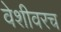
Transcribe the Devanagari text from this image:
वेशीवरच